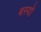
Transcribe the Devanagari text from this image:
बस्‍यो